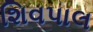
શિવપાલ